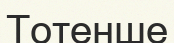
Тотенше